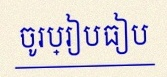
ចូរប្រៀបធៀប